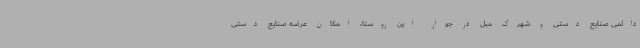
دائمی صنایع دستی و شهرک مبل در جوار این روستا، امکان عرضه صنایع دستی